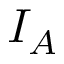
I _ { A }